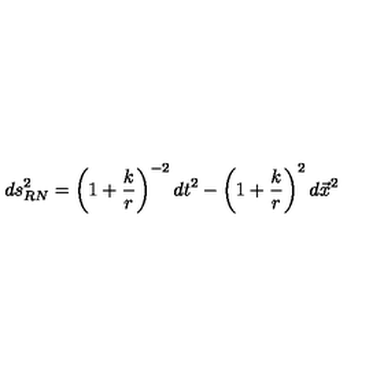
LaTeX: d s _ { R N } ^ { 2 } = \left( 1 + \frac { k } { r } \right) ^ { - 2 } d t ^ { 2 } - \left( 1 + \frac { k } { r } \right) ^ { 2 } d { \vec { x } } ^ { 2 }